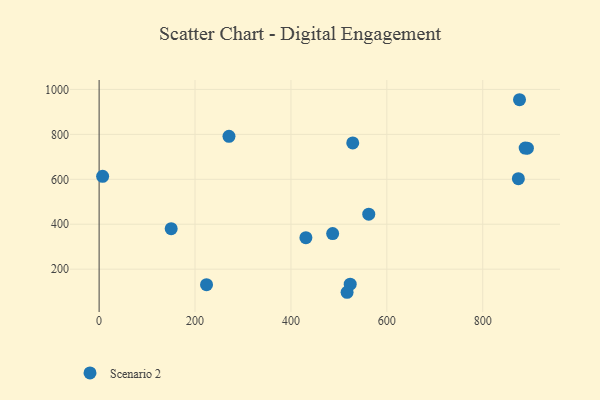
{"axis": {"x": "Speed", "y": "Sales"}, "legend": ["Scenario 2"], "data": [{"x": "893.1", "y": 738.4, "type": "Scenario 2"}, {"x": "888.5", "y": 739.0, "type": "Scenario 2"}, {"x": "431.2", "y": 340.2, "type": "Scenario 2"}, {"x": "487.0", "y": 358.5, "type": "Scenario 2"}, {"x": "270.8", "y": 791.1, "type": "Scenario 2"}, {"x": "224.0", "y": 131.2, "type": "Scenario 2"}, {"x": "562.3", "y": 445.0, "type": "Scenario 2"}, {"x": "874.3", "y": 602.6, "type": "Scenario 2"}, {"x": "876.7", "y": 954.2, "type": "Scenario 2"}, {"x": "523.6", "y": 133.1, "type": "Scenario 2"}, {"x": "517.1", "y": 97.2, "type": "Scenario 2"}, {"x": "528.9", "y": 762.1, "type": "Scenario 2"}, {"x": "150.3", "y": 380.1, "type": "Scenario 2"}, {"x": "7.3", "y": 613.2, "type": "Scenario 2"}]}